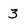
Character: 3